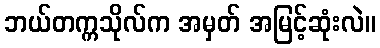
ဘယ်တက္ကသိုလ်က အမှတ် အမြင့်ဆုံးလဲ။